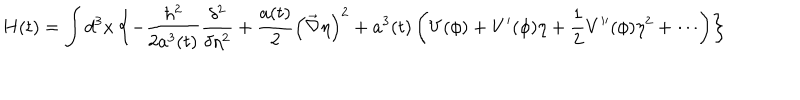
H ( t ) = \int d ^ { 3 } x \left\{ - \frac { \hbar ^ { 2 } } { 2 a ^ { 3 } ( t ) } \frac { \delta ^ { 2 } } { \delta \eta ^ { 2 } } + \frac { a ( t ) } { 2 } \left( \vec { \nabla } \eta \right) ^ { 2 } + a ^ { 3 } ( t ) \left( V ( \phi ) + V ^ { \prime } ( \phi ) \eta + \frac { 1 } { 2 } V ^ { \prime \prime } ( \phi ) \eta ^ { 2 } + \cdots \right) \right\}